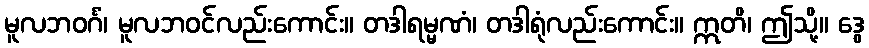
မူလဘဝင်္ဂံ၊ မူလဘဝင်လည်းကောင်း။ တဒါရမ္မဏံ၊ တဒါရုံလည်းကောင်း။ ဣတိ၊ ဤသို့။ ဒွေ